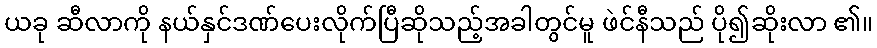
ယခု ဆီလာကို နယ်နှင်ဒဏ်ပေးလိုက်ပြီဆိုသည့်အခါတွင်မူ ဖဲင်နီသည် ပို၍ဆိုးလာ ၏။